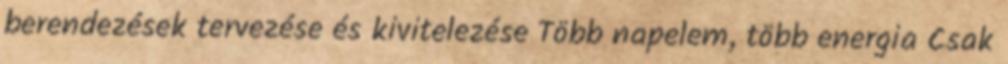
berendezések tervezése és kivitelezése Több napelem, több energia Csak